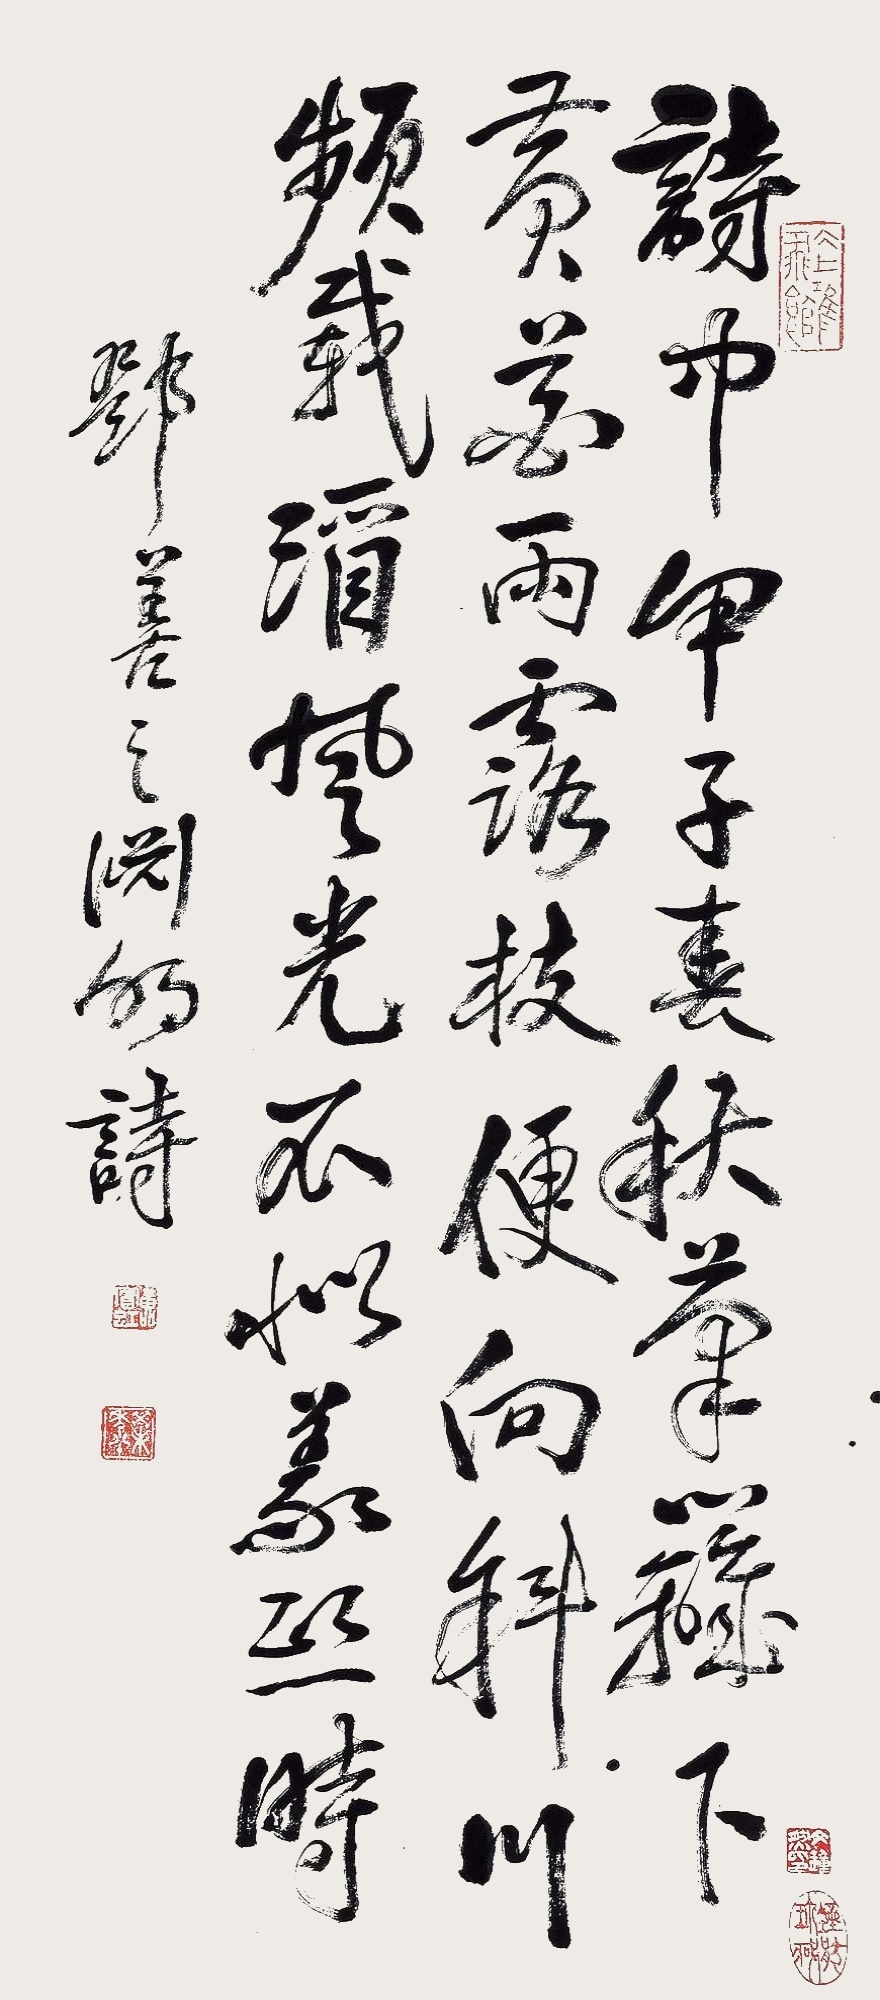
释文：诗中甲子春秋笔，篱下黄花雨露枝。便向斜川频载酒，风光不似义熙时。诗邓善之渊明诗。